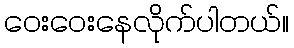
ဝေးဝေးနေလိုက်ပါတယ်။